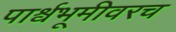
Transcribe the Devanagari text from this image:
पार्श्वभूमीवरच